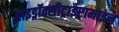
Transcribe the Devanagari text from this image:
हाइड्रॉक्सीट्राइप्टामाइन